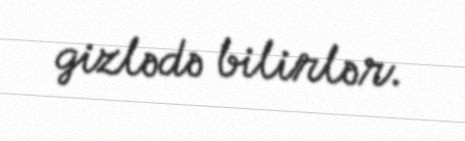
gizlədə bilirlər.